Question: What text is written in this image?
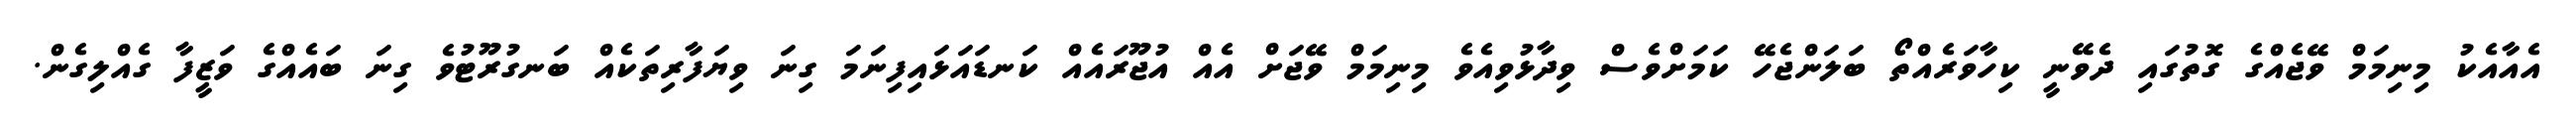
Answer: އެއާއެކު މިނިމަމް ވޭޖެއްގެ ގޮތުގައި ދެވޭނީ ކިހާވަރެއްތޯ ބަލަންޖެހޭ ކަމަށްވެސް ވިދާޅުވިއެވެ މިނިމަމް ވޭޖަށް އެއް އުޖޫރައެއް ކަނޑައަޅައިފިނަމަ ގިނަ ވިޔަފާރިތަކެއް ބަނގުރޫޓުވެ ގިނަ ބައެއްގެ ވަޒީފާ ގެއްލިގެން.